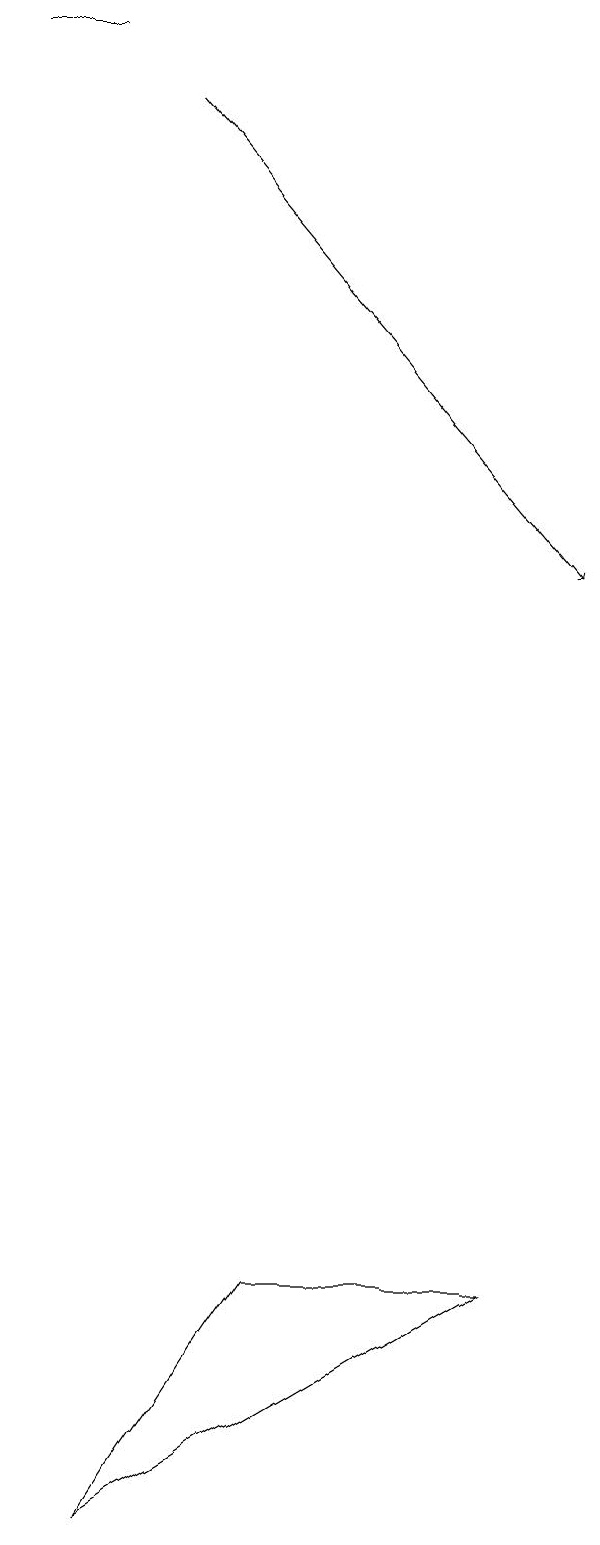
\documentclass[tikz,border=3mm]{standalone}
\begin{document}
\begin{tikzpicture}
\draw[->] (4,18) -- (9,12);
\draw (3,19) rectangle (2,19);
\draw (3,0) -- (8,3) -- (5,3) -- cycle;
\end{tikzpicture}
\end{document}